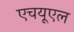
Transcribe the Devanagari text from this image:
एचयूएल